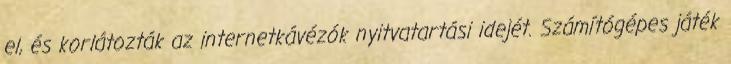
el, és korlátozták az internetkávézók nyitvatartási idejét. Számítógépes játék